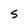
Character: S